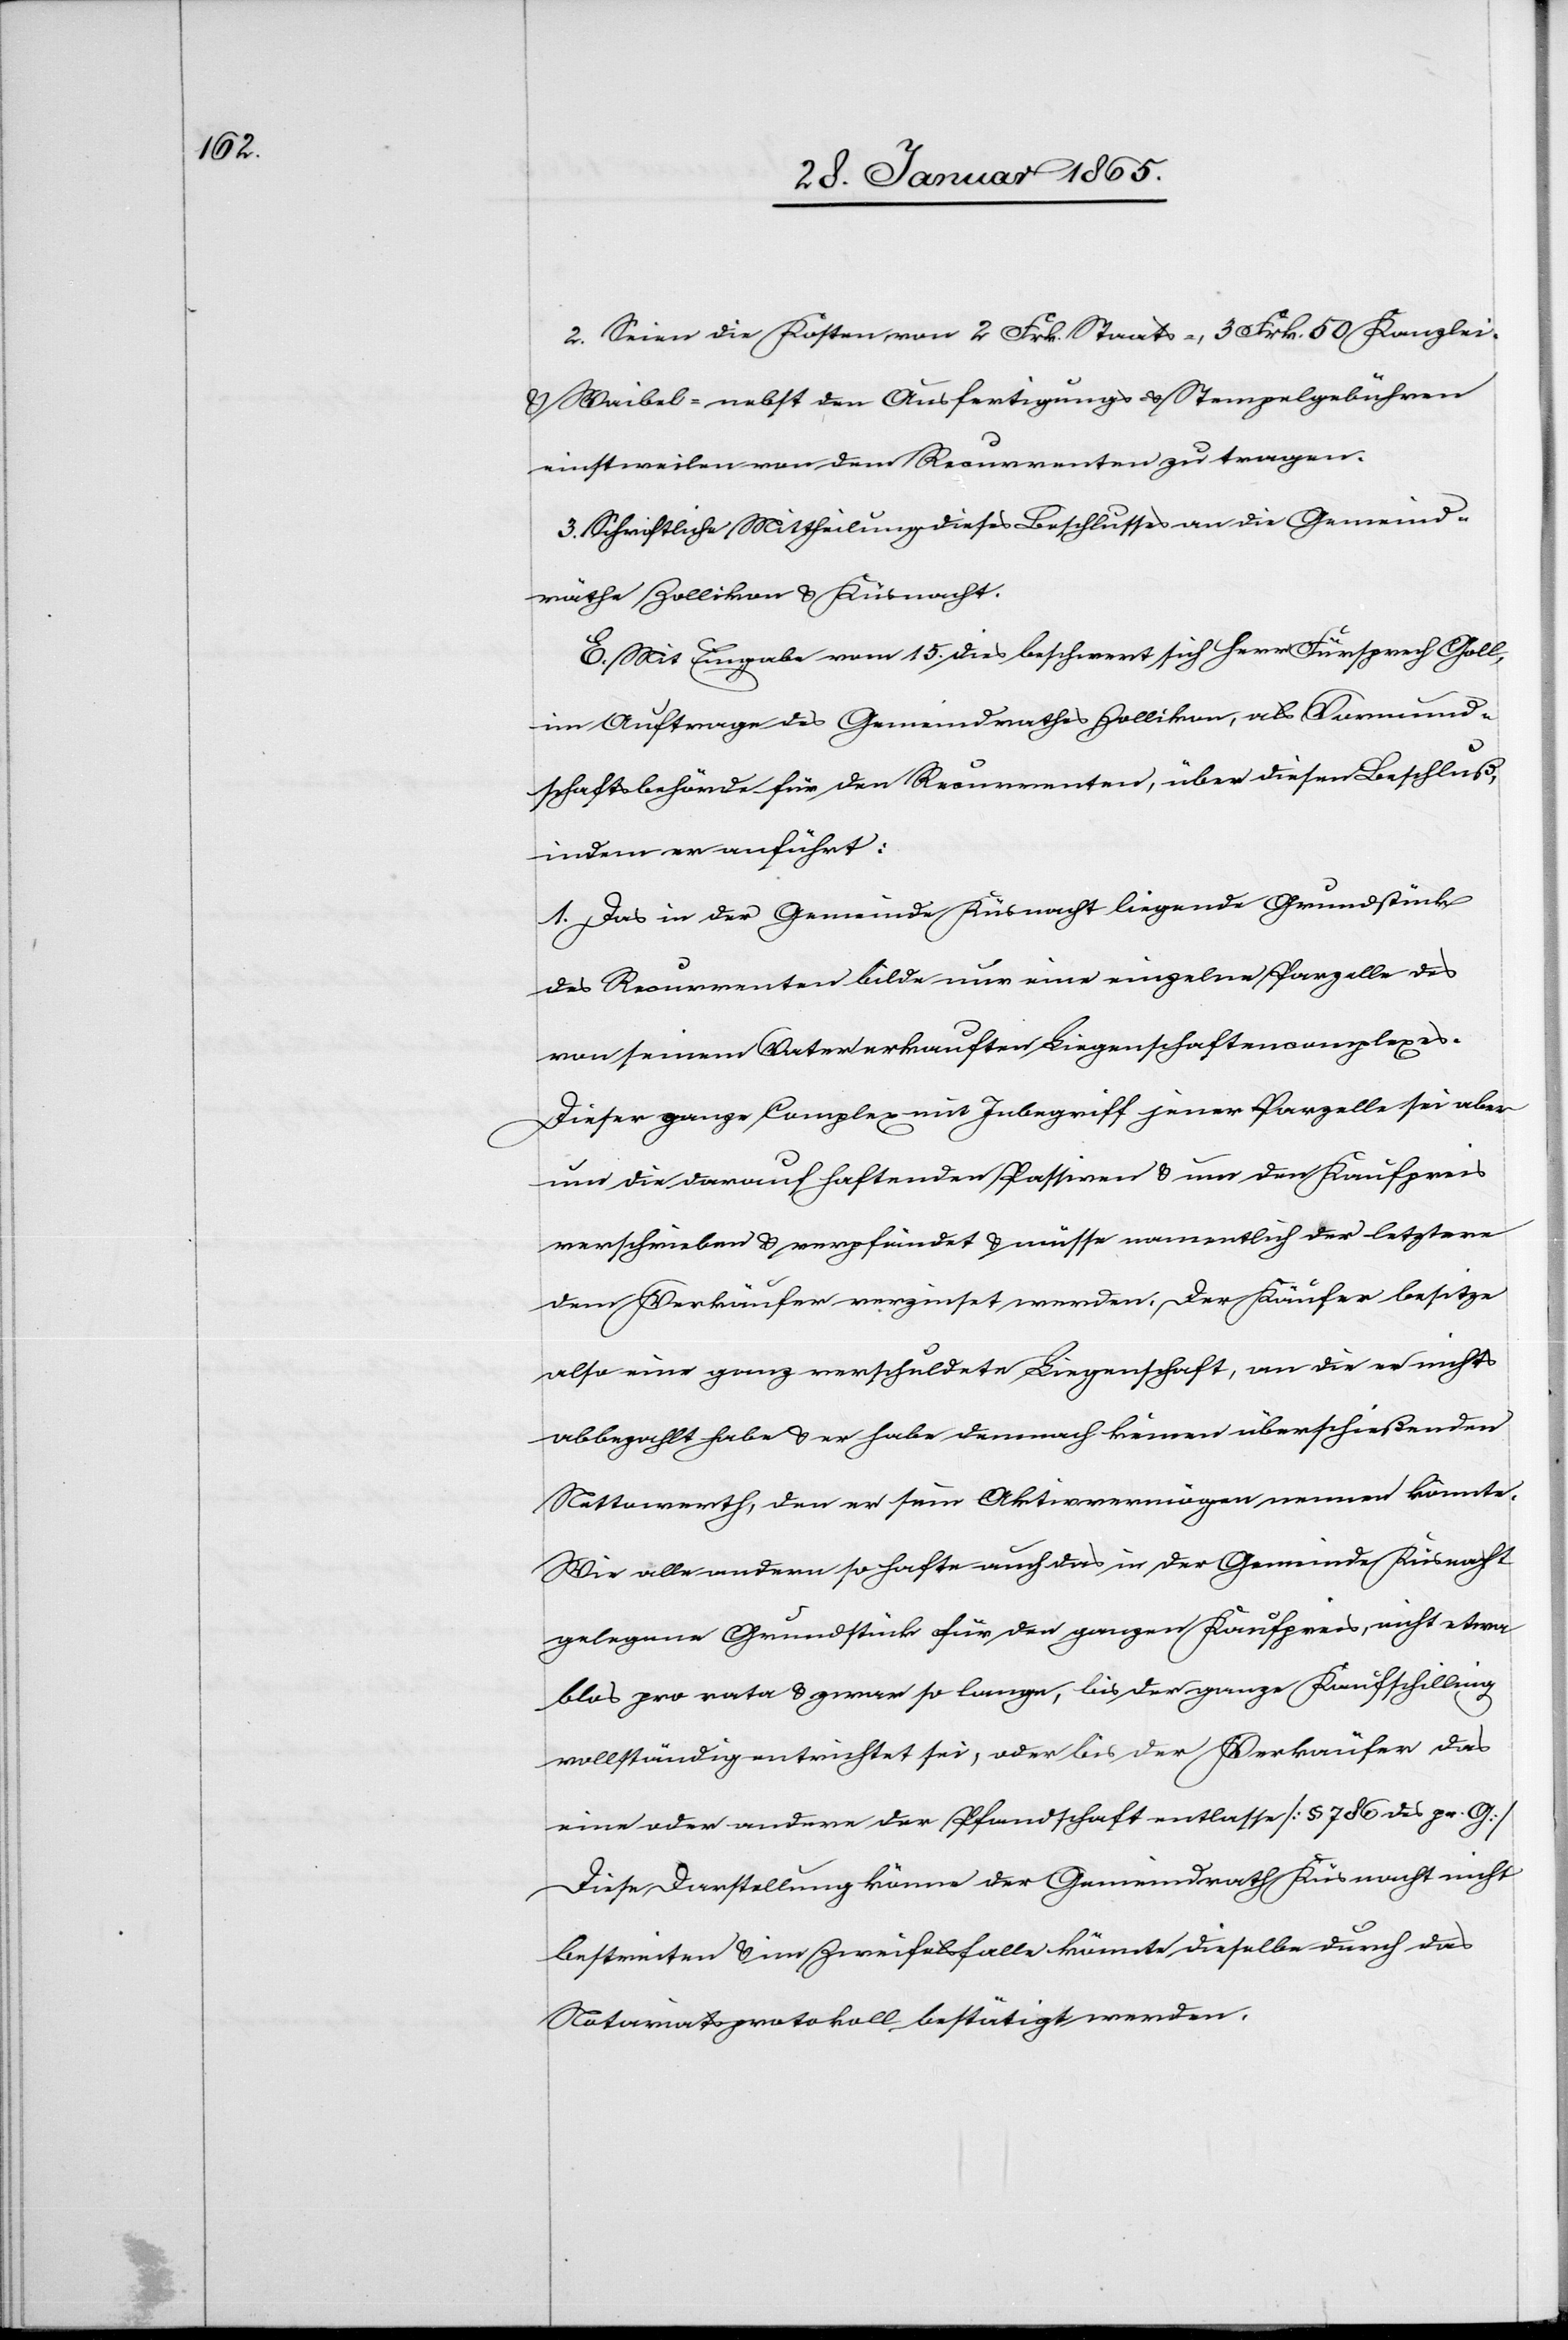
2. Seien die Kosten von 2 Frk. Staats-, 3 Frk. 50 Kanzlei-
u. Waibel- nebst den Ausfertigungs- u. Stempelgebühren
einstweilen von dem Recurrenten zu tragen.
3. Schriftliche Mittheilung dieses Beschlusses an die Gemeind¬
räthe Zollikon u. Küsnacht.
E. Mit Eingabe vom 15. dies beschwert sich Herr Fürsprech Goll,
im Auftrage des Gemeindrathes Zollikon, als Vormund¬
schaftsbehörde für den Recurrenten, über diesen Beschluß,
indem er anführt:
1. Das in der Gemeinde Küsnacht liegende Grundstück
des Recurrenten bilde nur eine einzelne Parzelle des
von seinem Vater erkauften Liegenschaftencomplexes.
Dieser ganze Complex mit Inbegriff jener Parzelle sei aber
um die darauf haftenden Passiven u. um den Kaufpreis
verschrieben u. verpfändet u. müsse namentlich der letztere
dem Verkäufer verzinset werden. Der Käufer besitze
also eine ganz verschuldete Liegenschaft, an die er nichts
abbezahlt habe u. er habe demnach keinen überschießenden
Nettowerth, den er sein Aktivvermögen, nennen könnte.
Wie alle andern so hafte auch das in der Gemeinde Küsnacht
gelegene Grundstück für den ganzen Kaufpreis, nicht etwa
blos pro rata u. zwar so lange, bis der ganze Kaufschilling
vollständig entrichtet sei, oder bis der Verkäufer das
eine oder andere der Pfandschaft entlasse [§ 786 des pr. G]
Diese Darstellung könne der Gemeindrath Küsnacht nicht
bestreiten u. im Zweifelsfalle könnte dieselbe durch das
Notariatsprotokoll bestätigt werden.